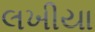
લખીયા